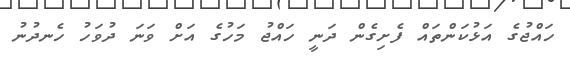
ހައްޖުގެ އަޅުކަންތައް ފެށިގެން ދަނީ ހައްޖު މަހުގެ އަށް ވަނަ ދުވަހު ހެނދުނު